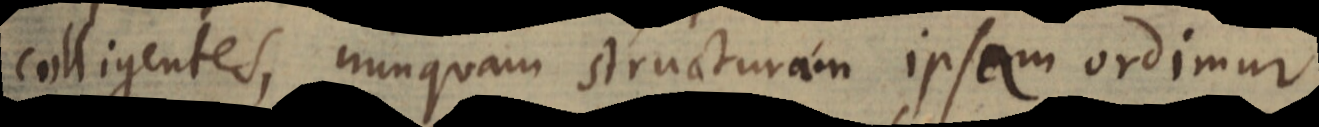
colligentes, nunquam structuram ipsam ordimur